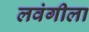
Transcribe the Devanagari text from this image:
लवंगीला